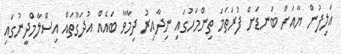
އަލިފުން ޔާއަށް ބަނޑަށް ފުރަތަމަ ތިންމަހުގައި ނިދާއިރު ދިމާވާ ބައެއް އުދަގޫތައް އިސްލާމްދީނުގައި